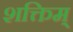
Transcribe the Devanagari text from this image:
शक्तिम्‌